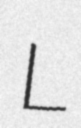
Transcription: L